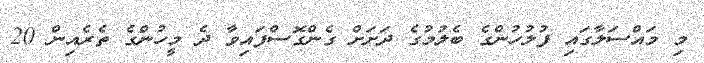
މި މައްސަލާގައި ފުލުހުންގެ ބެލުމުގެ ދަށަށް ގެންގޮސްފައިވާ ދެ މީހުންގެ ތެރެއިން 20